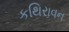
કથિરાવન